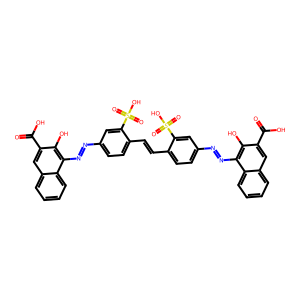
SMILES: O=C(O)c1cc2ccccc2c(N=Nc2ccc(C=Cc3ccc(N=Nc4c(O)c(C(=O)O)cc5ccccc45)cc3S(=O)(=O)O)c(S(=O)(=O)O)c2)c1O
Inhibits HIV replication: Yes